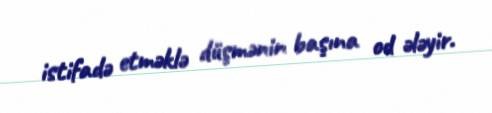
istifadə etməklə düşmənin başına od ələyir.